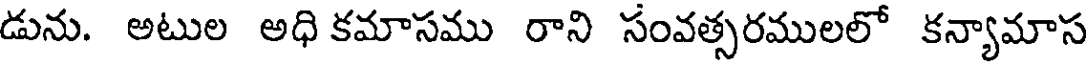
డును. అటుల అధి కమాసము రాని సంవత్సరములలో కన్యామాస